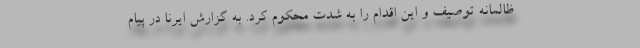
ظالمانه توصیف و این اقدام را به شدت محکوم کرد. به گزارش ایرنا در پیام